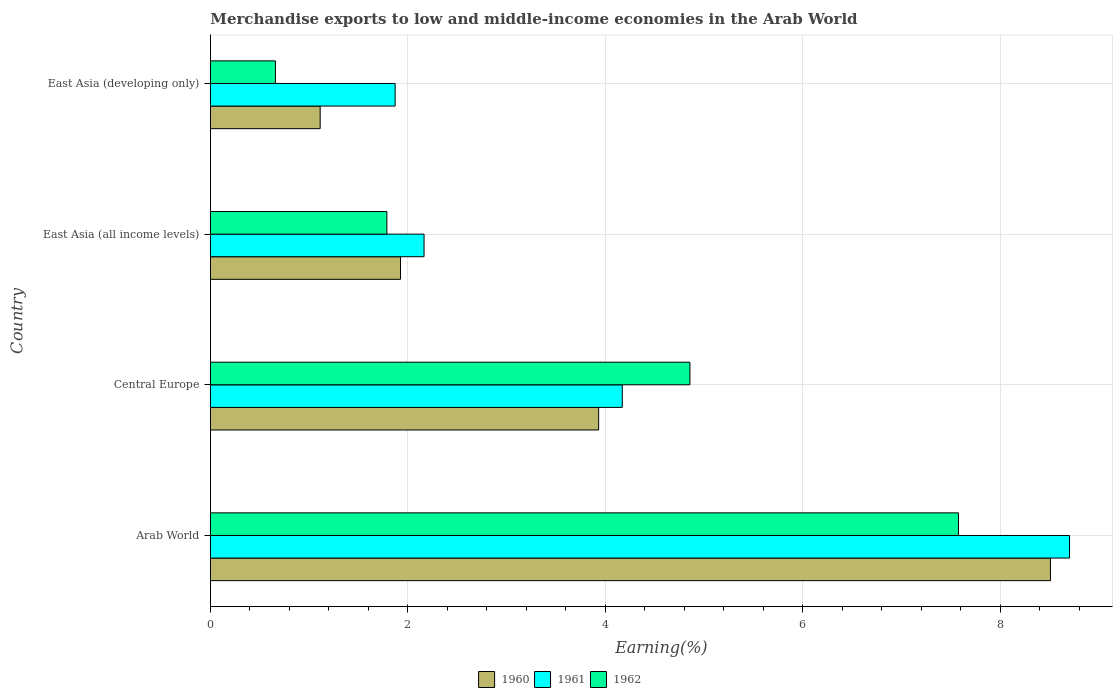
| Country | 1960 | 1961 | 1962 |
 | --- | --- | --- | --- |
 | Arab World | 8.51 | 8.7 | 7.58 |
 | Central Europe | 3.93 | 4.17 | 4.86 |
 | East Asia (all income levels) | 1.93 | 2.16 | 1.79 |
 | East Asia (developing only) | 1.11 | 1.87 | 0.658 |